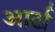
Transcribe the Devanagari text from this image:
आर्टा